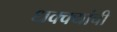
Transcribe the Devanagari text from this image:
धक्क्यांची